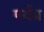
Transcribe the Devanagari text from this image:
पर्यप्र